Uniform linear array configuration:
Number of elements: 4
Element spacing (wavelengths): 0.25
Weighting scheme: hamming
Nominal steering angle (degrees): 15
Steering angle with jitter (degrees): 15.705
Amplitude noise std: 0.05
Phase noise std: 0.05

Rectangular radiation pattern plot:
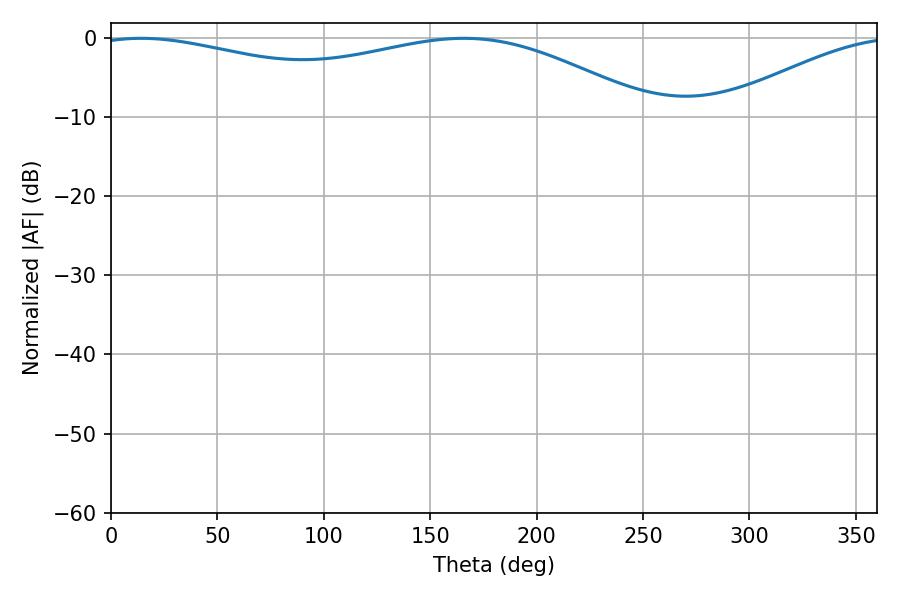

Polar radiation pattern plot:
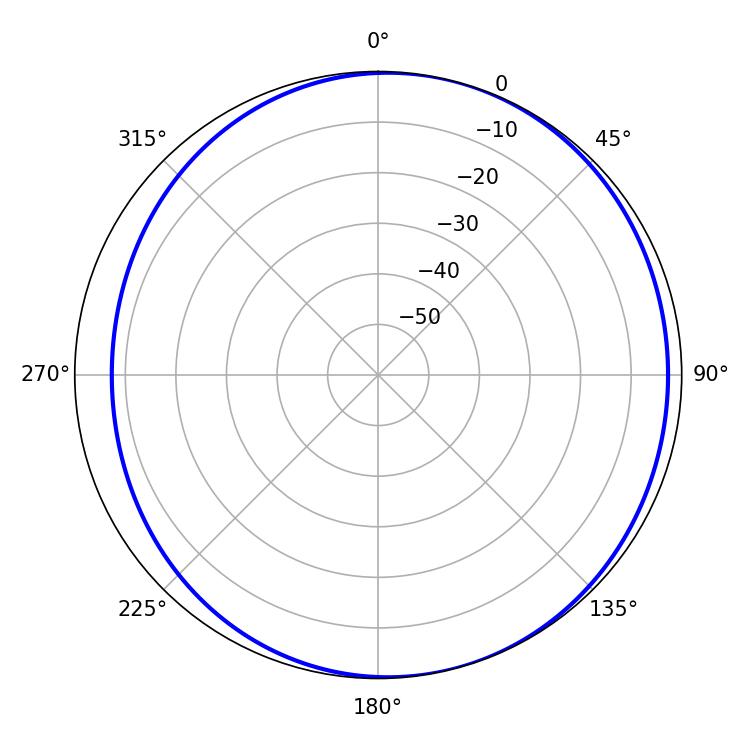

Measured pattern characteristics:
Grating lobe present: FALSE
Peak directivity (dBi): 4.323
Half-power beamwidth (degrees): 214.2
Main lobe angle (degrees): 14.22